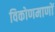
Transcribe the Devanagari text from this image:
विकोणमाणों